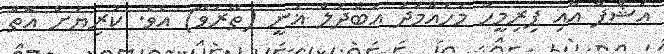
އަޝްފާ އާއި ފިރިމީހާ މުހައްމަދު އަބްދުލް ޣަނީ (ތޭރަވާ) އެވެ. ކުރިޔަށް އޮތް